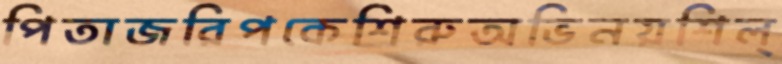
পিতাজরিপকেশিরুঅভিনয়শিল্